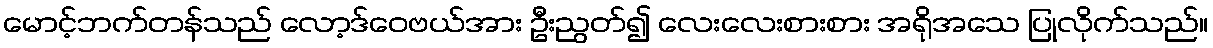
မောင့်ဘက်တန်သည် လော့ဒ်ဝေဗယ်အား ဦးညွတ်၍ လေးလေးစားစား အရိုအသေ ပြုလိုက်သည်။